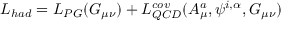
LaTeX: { \cal L } _ { h a d } = { \cal L } _ { P G } ( G _ { \mu \nu } ) + { \cal L } _ { Q C D } ^ { c o v } ( A _ { \mu } ^ { a } , \psi ^ { i , \alpha } , G _ { \mu \nu } )